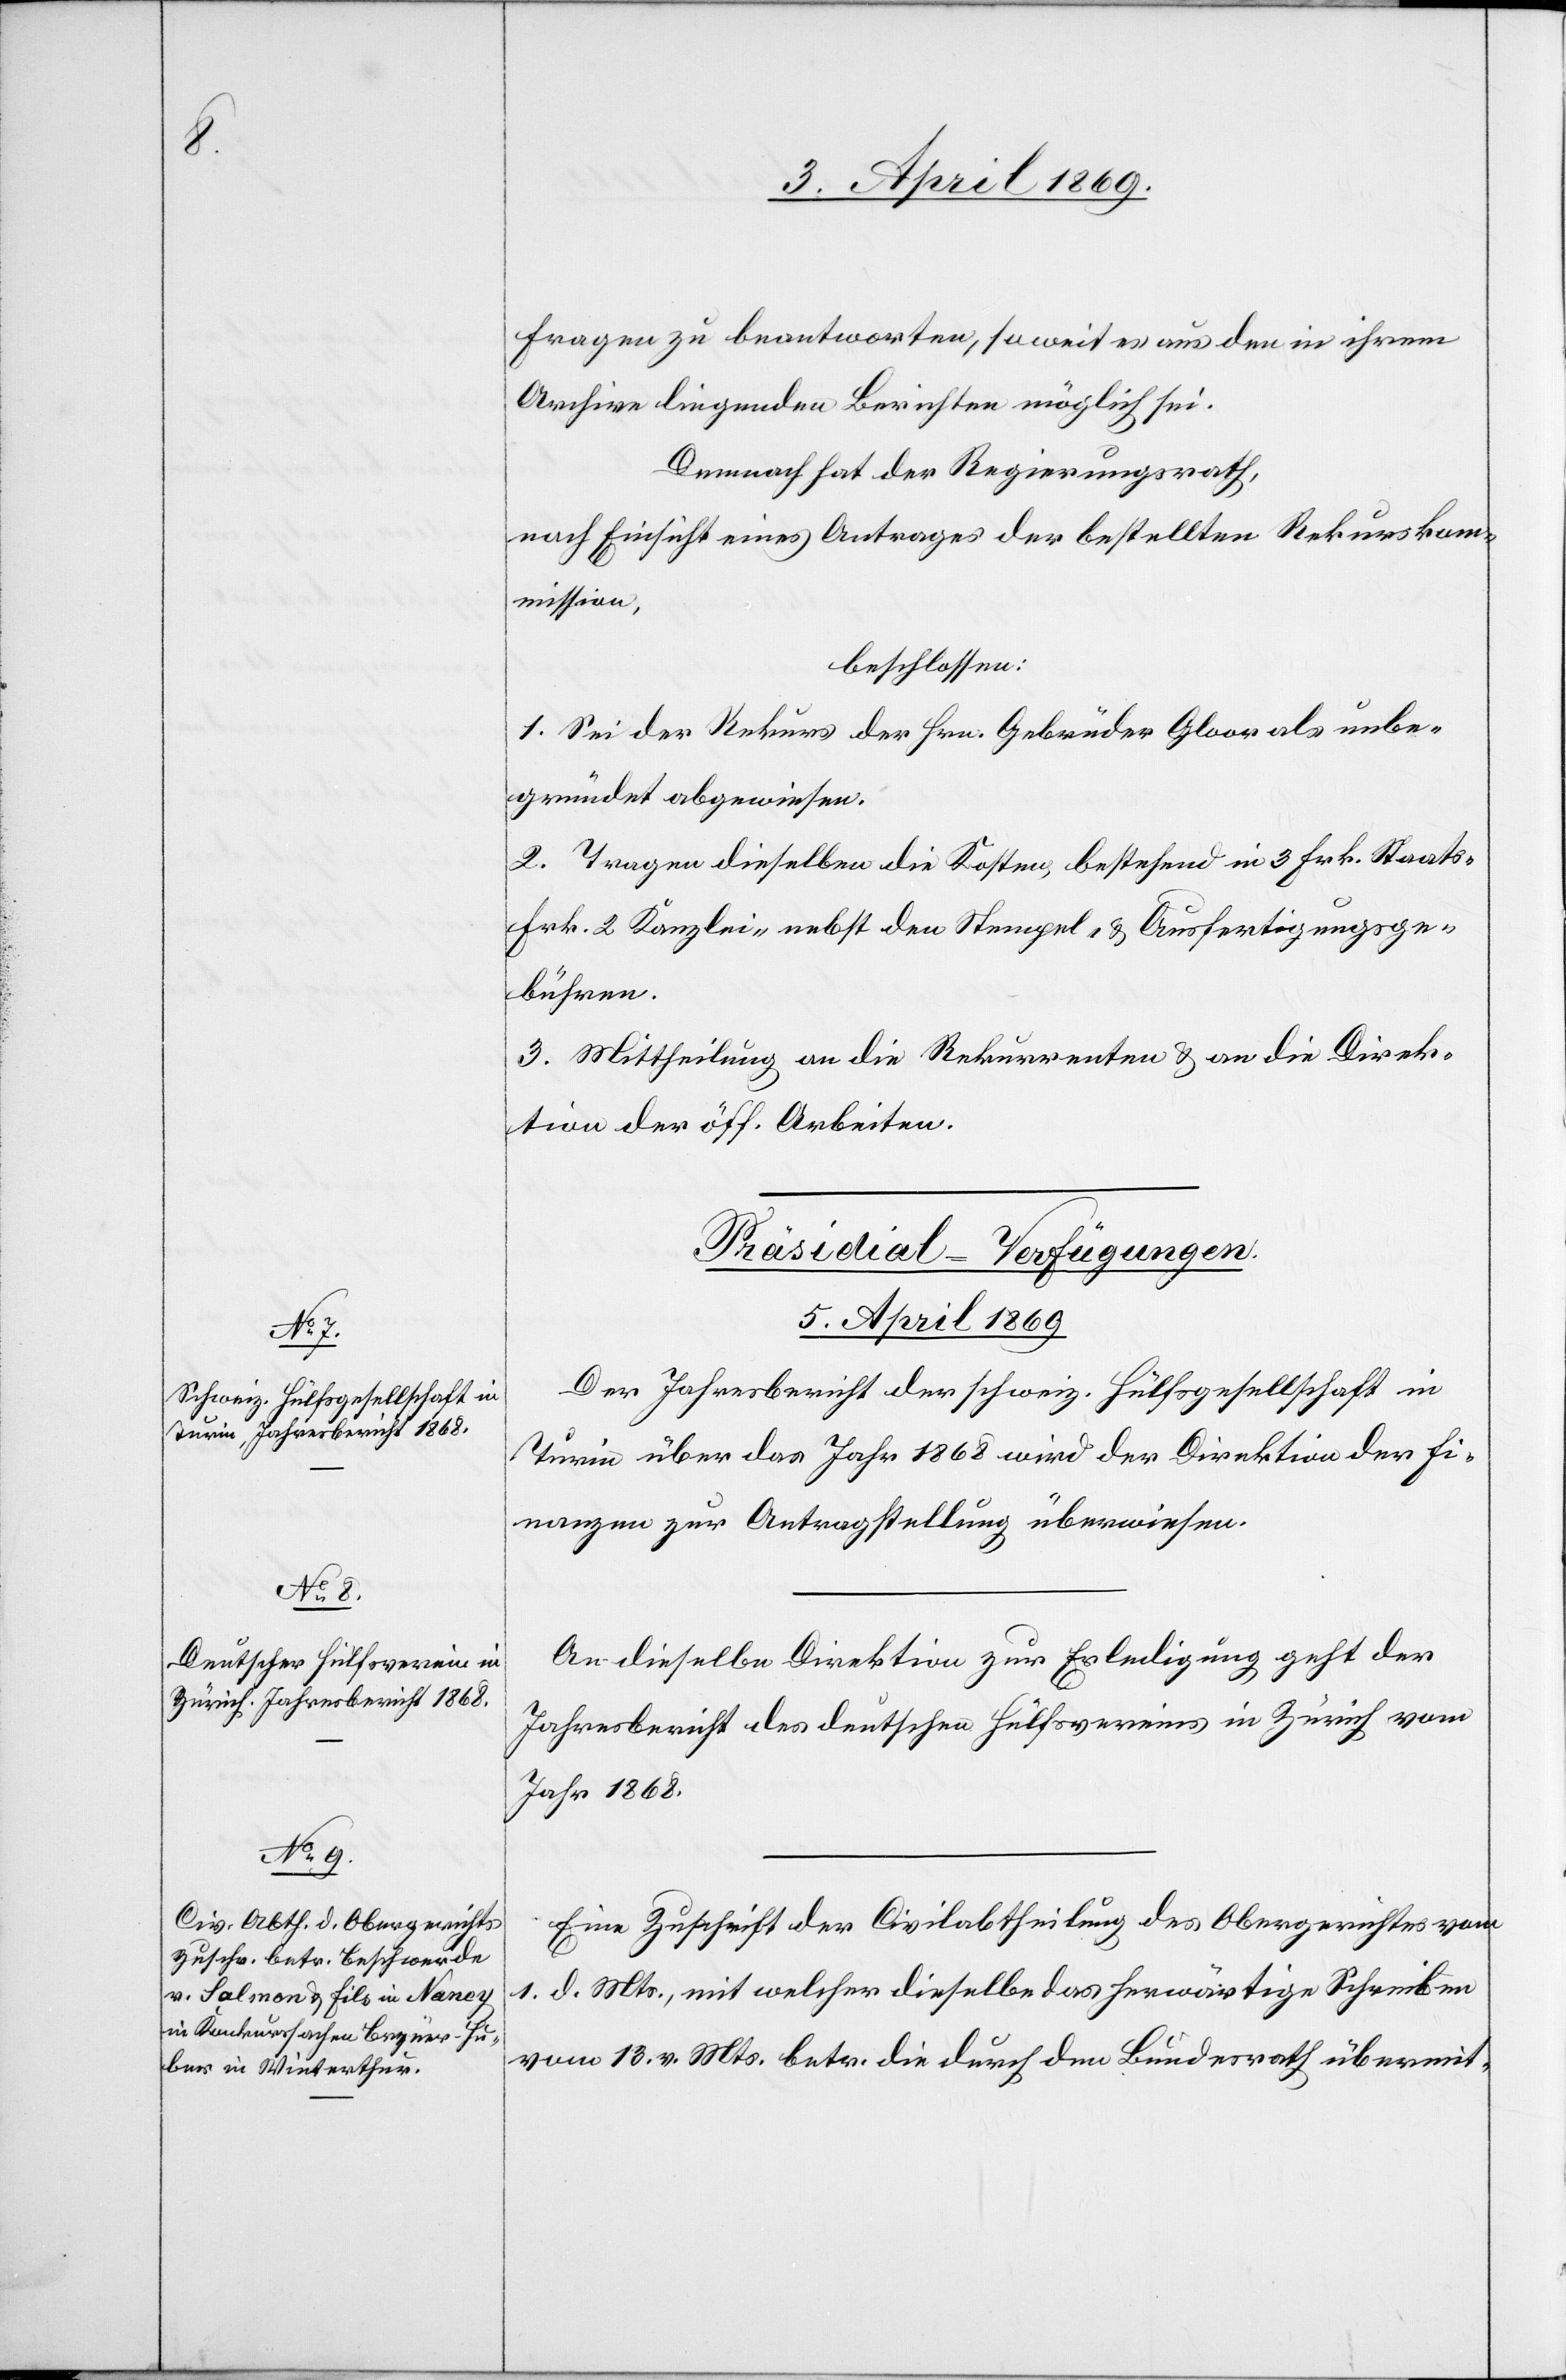
Fragen zu beantworten, soweit es aus den in ihrem
Archive liegenden Berichten möglich sei.
Demnach hat der Regierungsrath,
nach Einsicht eines Antrages der bestellten Rekurskom¬
mission,
beschlossen:
1. Sei der Rekurs der Hrn. Gebrüder Gloor als unbe¬
gründet abgewiesen.
2. Tragen dieselben die Kosten, bestehend in 3 Frk. Staats-[,]
Frk. 2 Kanzlei- nebst den Stempel- & Ausfertigungsge¬
bühren.
3. Mittheilung an die Rekurrenten & an die Direk¬
tion der öff. Arbeiten.
[Präsidial-Verfügungen.
5. April 1869]
Der Jahresbericht der schweiz. Hülfsgesellschaft in
Turin über das Jahr 1868 wird der Direktion der Fi¬
nanzen zur Antragstellung überwiesen.
An dieselbe Direktion zur Erledigung geht der
Jahresbericht des deutschen Hülfsvereins in Zürich vom
Eine Zuschrift der Civilabtheilung des Obergerichtes vom
1. d. Mts., mit welcher dieselbe das herwärtige Schreiben
vom 13. v. Mts. betr. die durch den Bundesrath übermit-